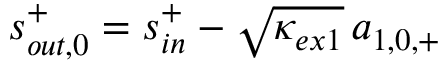
\begin{array} { r } { s _ { o u t , 0 } ^ { + } = s _ { i n } ^ { + } - \sqrt { \kappa _ { e x 1 } } \, a _ { 1 , 0 , + } } \end{array}